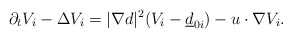
\begin{align*}\partial_t V_i-\Delta V_i=|\nabla d|^2 (V_i-\underline{d}_{0i})-u \cdot \nabla V_i.\end{align*}